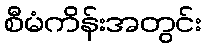
စီမံကိန်းအတွင်း